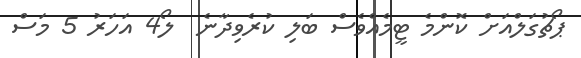
ޕޯޗުގަލްއަށް ކޮންމެ ޓީމެއްވެސް ބަލި ކުރެވިދާނެ  ލޯ4 އަހަރު 5 މަސް